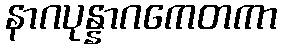
နာဂပုန္နာဂကေတကာ